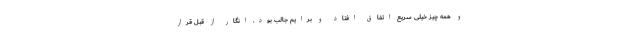
و همه چیز خیلی سریع اتفاق افتاد و برایم جالب بود. انگار از قبل قرار